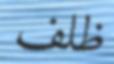
ظلف